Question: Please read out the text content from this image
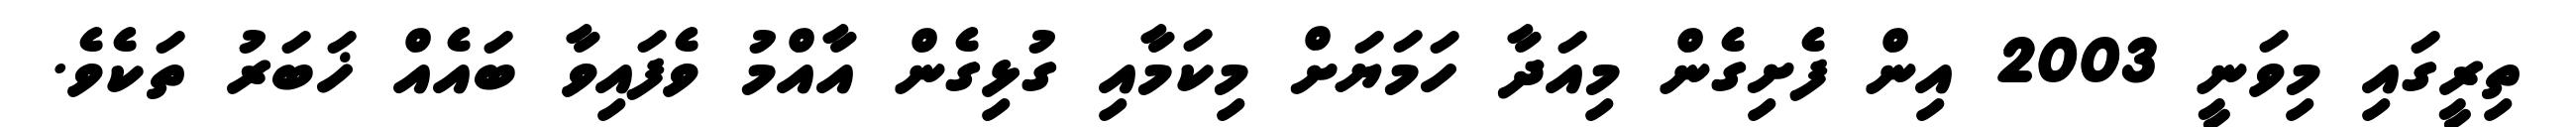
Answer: ތިރީގައި މިވަނީ 2003 އިން ފެށިގެން މިއަދާ ހަމަޔަށް މިކަމާއި ގުޅިގެން އާއްމު ވެފައިވާ ބައެއް ޚަބަރު ތަކެވެ.